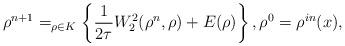
LaTeX: \begin{align*} \rho^{n+1}=_{\rho\in K} \left\{\frac{1}{2\tau}W^2_2(\rho^n,\rho)+E(\rho)\right\}, \rho^0=\rho^{in}(x), \end{align*}